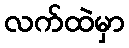
လက်ထဲမှာ